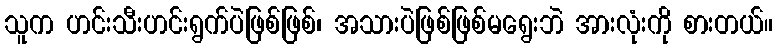
သူက ဟင်းသီးဟင်းရွက်ပဲဖြစ်ဖြစ်၊ အသားပဲဖြစ်ဖြစ်မရွေးဘဲ အားလုံးကို စားတယ်။